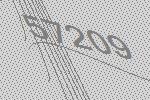
57209